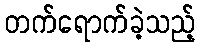
တက်ရောက်ခဲ့သည့်